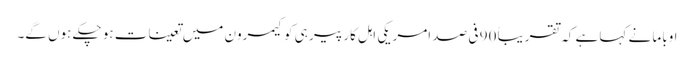
اوباما نے کہا ہے کہ تقریباً 90 فی صد امریکی اہل کار پیر ہی کو کیمرون میں تعینات ہو چکے ہوں گے۔